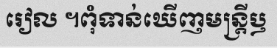
រៀល ។ពុំទាន់ឃើញមន្ត្រីឫ